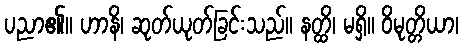
ပညာ၏။ ဟာနိ၊ ဆုတ်ယုတ်ခြင်းသည်။ နတ္ထိ၊ မရှိ။ ဝိမုတ္တိယာ၊